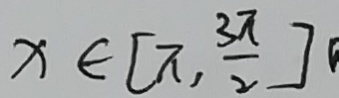
x \in [ \pi , \frac { 3 \pi } { 2 } ]